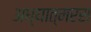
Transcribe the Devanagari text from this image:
अध्यात्मरस